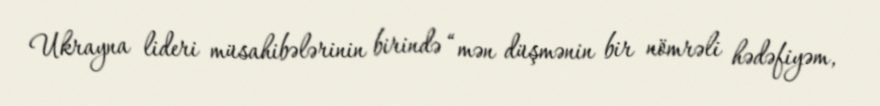
Ukrayna lideri müsahibələrinin birində “mən düşmənin bir nömrəli hədəfiyəm,